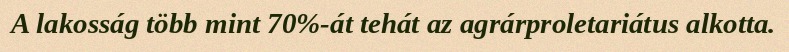
A lakosság több mint 70%-át tehát az agrárproletariátus alkotta.